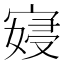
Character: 𫳮